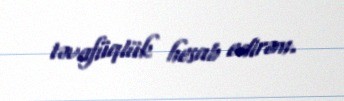
təvafüqlük hesab edirəm.